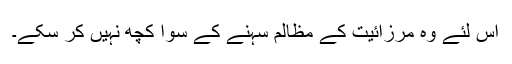
اس لئے وہ مرزائیت کے مظالم سہنے کے سوا کچھ نہیں کر سکے۔